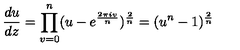
{ \frac { d u } { d z } } = \prod _ { v = 0 } ^ { n } ( u - e ^ { \frac { 2 \pi i v } { n } } ) ^ { { \frac { 2 } { n } } } = ( u ^ { n } - 1 ) ^ { { \frac { 2 } { n } } }